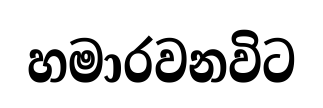
හමාරවනවිට